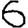
Digit: 6